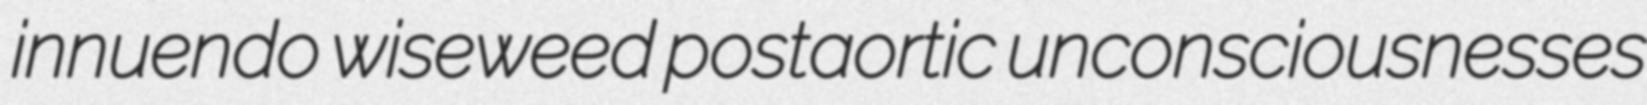
innuendo wiseweed postaortic unconsciousnesses